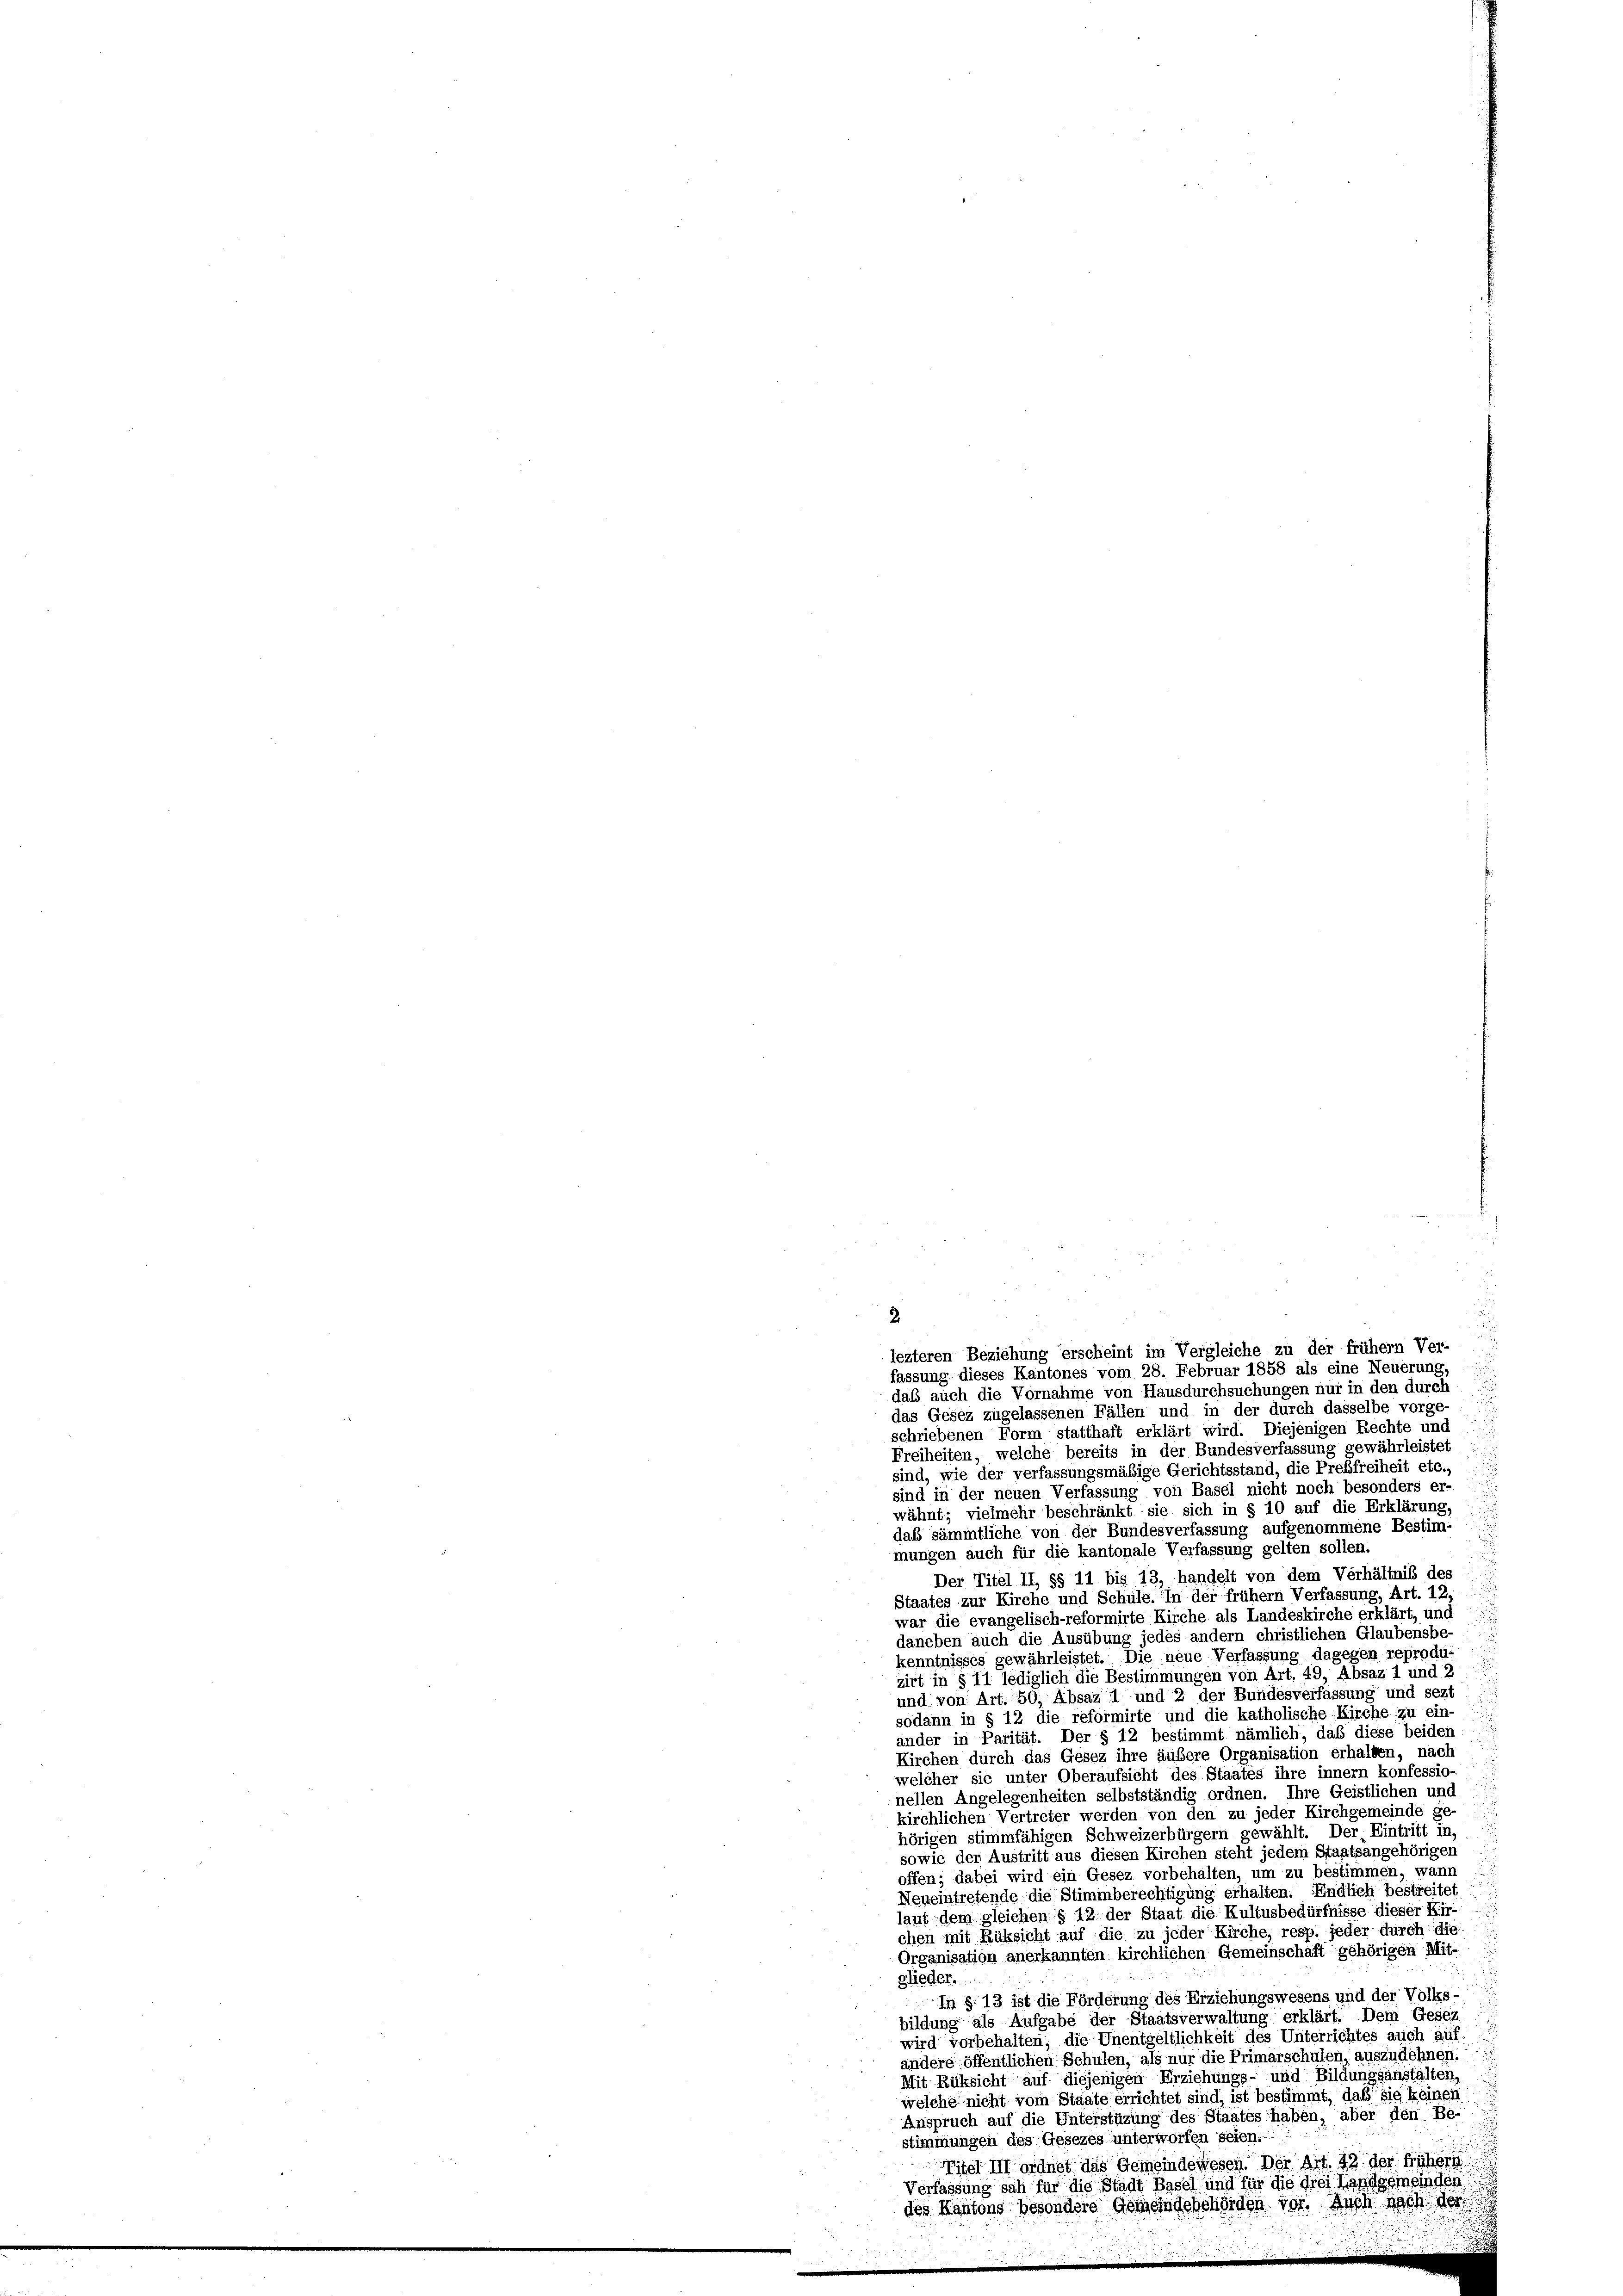
2
lezteren Beziehung erscheint im Vergleiche zu der frühem Ver-
fassung dieses Kantones vom 28. Februar 1858 als eine Neuerung
daß auch die Vornahme von Hausdurchsuchungen nur in den durch
das Gesez zugelassenen Fällen und in der durch dasselbe vorge-
schriebenen Form statthaft erklärt wird. Diejenigen Rechte und
Freiheiten, welche bereits in der Bundesverfassung gewährleistet
sind, wie der verfassungsmäßige Gerichtsstand, die Preßfreiheit etc.,
sind in der neuen Verfassung von Basel nicht noch besonders er-
wähnt; vielmehr beschränkt sie sich in § 10 auf die Erklärung,
daß sämmtliche von der Bundesverfassung aufgenommene Bestim-
mungen auch für die kantonale Verfassung gelten sollen.
Der Titel II, §§ 11 bis 13, handelt von dem Verhältniß des
Staates zur Kirche und Schule. In der frühem Verfassung, Art. 12,
war die evangelisch-reformirte Kirche als Landeskirche erklärt, und
daneben auch die Ausübung jedes andern christlichen Glaubensbe-
kenntnisses gewährleistet. Die neue Verfassung dagegen reprodu-
zirt in § 11 lediglich die Bestimmungen von Art. 49, Absaz 1 und 2
und von Art. 50, Absaz 1 und 2 der Bundesverfassung und sezt
sodann in § 12 die reformirte und die katholische Kirche zu ein-
ander in Parität. Der § 12 bestimmt nämlich, daß diese beiden
Kirchen durch das Gesez ihre äubere Organisation erhalten, nach
welcher sie unter Oberaufsicht des Staates ihre innern konfessio-
nellen Angelegenheiten selbstständig ordnen. Ihre Geistlichen und
kirchlichen Vertreter werden von den zu jeder Kirchgemeinde ge-
hörigen stimmfähigen Schweizerbürgern gewählt. Der Eintritt in,
sowie der Austritt aus diesen Kirchen steht jedem Staatsangehörigen
offen; dabei wird ein Gesez vorbehalten, um zu bestimmen, wann
Neueintretende die Stimmberechtigung erhalten. Endlich bestreitet
laut dem gleichen § 12 der Staat die Kultusbedürfnisse dieser Kir
chen mit Rüksicht auf die zu jeder Kirche, resp. jeder durch die
Organisation anerkannten kirchlichen Gemeinschaft gehörigen Mit-
glieder.
In §. 13 ist die Förderung des Erziehungswesens und der Volks-
bildung als Aufgabe der Staatsverwaltung erklärt. Dem Gesez
wird vorbehalten; die Unentgeltlichkeit des Unterrichtes auch auf.
andere öffentlichen Schulen, als nur die Primarschulen, auszudehnen:
Mit Rüksicht auf diejenigen Erziehungs- und Bildungsanstalten,
welche nicht vom Staate errichtet sind, ist bestimmt, daß sie keinen
Anspruch auf die Unterstüzung des Staates haben, aber den Be-
stimmungen des Gesezes unterworfen seien.
Titel III ordnet das Gemeindewesen. Der Art. 42 der frühern
Verfassung sah für die Stadt Basel und für die drei Landgemeinden
des Kantons besondere Gemeindebehörden vor. Auch noch der